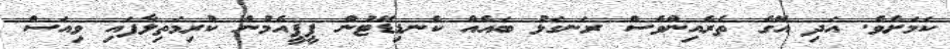
ކަމަށެވެ. އަދި އޭގެ ތެރެއިންވެސް ރަނގަޅު ބައެއް ކެނޑިޑޭޓުން ޕީޕީއެމުން ކުރިމަތިލާފައި ވިއަސް